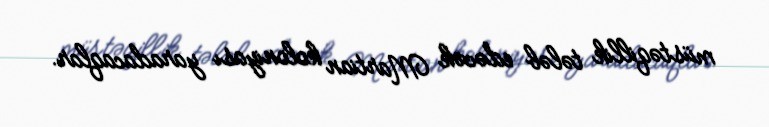
müstəqillik tələb edəcək Martian koloniyası yaradacaqlar.